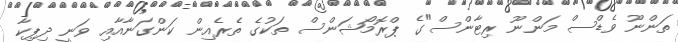
ތަންނޫ ވެޑްސް މަންނޫ ރިޓާންސް"ގެ ޕްރޮމޯޝަންސް ތަކުގެ ތެރެއިން ކަންގަނާއާއި ވަނީ ދިޕިކާ